Calcutta medical institutions reports 1892-1900
Year: 1892
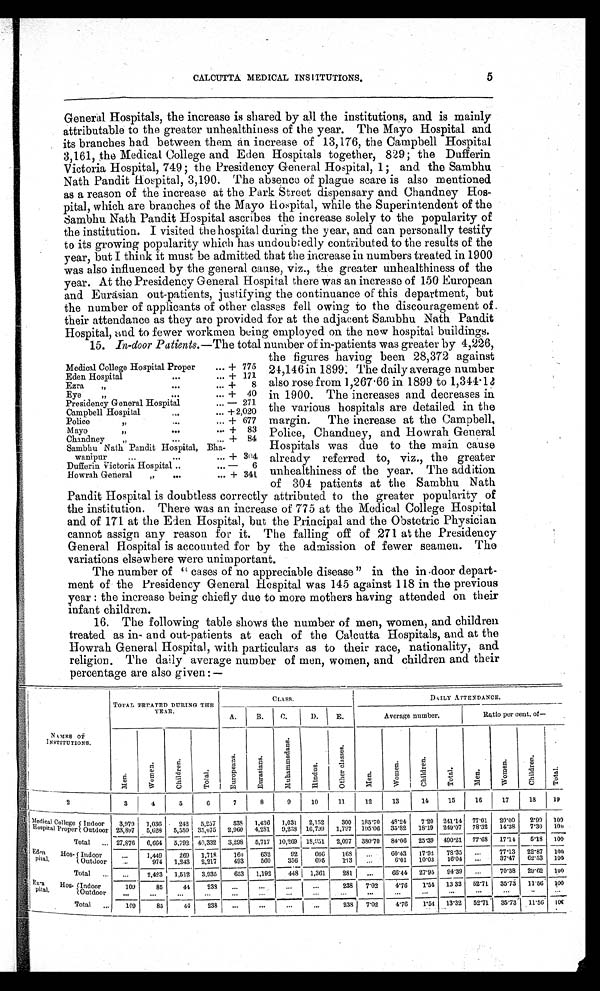
CALCUTTA MEDICAL INSTITUTIONS.
5
General Hospitals, the increase is shared by all the institutions, and is mainly
attributable to the greater unhealthiness of the year. The Mayo Hospital and
its branches had between them an increase of 13,176, the Campbell Hospital
3,161, the Medical College and Eden Hospitals together, 829; the Dufferin
Victoria Hospital, 749; the Presidency General Hospital, 1; and the Sambhu
Nath Pandit Hospital, 3,190. The absence of plague scare is also mentioned
as a reason of the increase at the Park Street dispensary and Chandney Hos
-pital, which are branches of the Mayo Hospital, while the Superintendent of the
Sambhu Nath Pandit Hospital ascribes the increase solely to the popularity of
the institution. I visited the hospital during the year, and can personally testify
to its growing popularity which has undoubtedly contributed to the results of the
year, but I think it must be admitted that the increase in numbers treated in 1900
was also influenced by the general cause, viz., the greater unhealthiness of the
year. At the Presidency General Hospital there was an increase of 150 European
and Eurasian out-patients, justifying the continuance of this department, but
the number of applicants of other classes fell owing to the discouragement of
their attendance as they are provided for at the adjacent Sambhu Nath Pandit
Hospital, and to fewer workmen being employed on the new hospital buildings.
15. In-door Patients.—The total number of in-patients was greater by 4,226,
the figures having been 28,372 against
24,146 in 1899. The daily average number
also rose from 1,267.66 in 1899 to 1,344.12
in 1900. The increases and decreases in
the various hospitals are detailed in the
margin. The increase at the Campbell,
Police, Chandney, and Howrah General
Hospitals was due to the main cause
already referred to, viz., the greater
unhealthiness of the year. The addition
of 304 patients at the Sambhu Nath
Pandit Hospital is doubtless correctly attributed to the greater popularity of
the institution. There was an increase of 775 at the Medical College Hospital
and of 171 at the Eden Hospital, but the Principal and the Obstetric Physician
cannot assign any reason for it. The falling off of 271 at the Presidency
General Hospital is accounted for by the admission of fewer seamen. The
variations elsewhere were unimportant.
The number of " cases of no appreciable disease " in the in door depart
-ment of the Presidency General Hospital was 145 against 118 in the previous
year : the increase being chiefly due to more mothers having attended on their
infant children.
16. The following table shows the number of men, women, and children
treated as in- and out-patients at each of the Calcutta Hospitals, and at the
Howrah General Hospital, with particulars as to their race, nationality, and
religion. The daily average number of men, women, and children and their
percentage are also given :—
N A M E S O F
INSTITUTIONS.
TOTAL TREATED DURING THE
YEAR.
CLASS.
DAILY ATTENDANCE.
A.
B.
C.
D .
E.
Average number.
Ratio per cent. of—
M e n .
W o m e n .
C h i l d r e n .
T o t a l .
E u r o p e a n s .
E u r a s i a n s .
M u h a m m a d a n s .
H i n d u s .
O t h e r C l a s s e s .
M e n .
W o m e n .
C h i l d r e n .
T o t a l .
M e n .
W o m e n .
C h i l d r e n .
2
3
4
5
6
7
8
9
10
11
12
13
14
15
16
17
18 19
Medical College
Hospital Proper
Indoor 3,979 1,036
242 5,257
838 1,436 1,031 2,152
300 185.70 48.24
7.20 241.14 77.01 20.00 2.99 100
Outdoor 23,897 5,628 5,550 35,075 2,960 4,281 9,238 16,799 1,797 195.06 35.32 18.19 249.07 78.32 14.38 7.30 100
Total
27,876 6,664 5,792 40,332 3,298 5,717 10,269 18,951 2,097 380.70 84.06 25.39 490.21 77.68 17.14 5.18 100
Eden
Hos-
pital.
Indoor
. . .
1,449
269 1,718
160
632
92
6 6 6
168 ...
60.43 17.92 78.35 ...
77.13 22.87 100
Outdoor
. . .
974 1,243 2,21
493
560
356
695
1.13 ...
6.01 10.03 16.04 ...
37.47 62.53 100
Total
. . . 2 , 4 2 3
1,512 3,935
653 1,192
448 1,361
281 ...
66.44 27.95 94.39 ...
70.38 29.62 100
Ezra Hos- p i t a l .
Indoor
109
85
44
238 ...
...
. . .
. . .
238 7.02
4.76 1.54 13.32 52.71 35.73 11.56 100
Outdoor
. . .
. . .
. . .
. . .
. . .
. . .
. . .
. . .
. . .
. . .
. . .
. . .
. . .
. . .
. . .
. . . . . .
Total
109
85
44
238 ...
. . .
. . .
. . .
238 7.02
4.76
1.54 13.32 52.71 35.73 11.56
Medical College Hospital Proper
+ 775
Eden Hospital
+ 171
Ezra
"
+
8
Eye
"
+
40
Presidency General Hospital
-
271
Campbell Hospital
+ 2,020
Police
"
+
677
Mayo
"
+
83
Chandney "
+
84
Sambhu Nath Pandit Hospital, Bha-
wanipur
+
304
Dufferin Victoria Hospital
-
6
Howrah General
"
+ 34l